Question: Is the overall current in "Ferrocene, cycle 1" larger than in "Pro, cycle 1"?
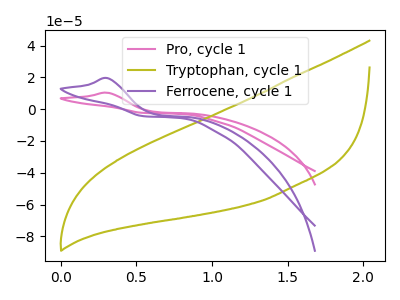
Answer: <think>The pink curve "Pro, cycle 1" has an anodic peak at: (0.30V, 10.40uA). The olive curve "Tryptophan, cycle 1" has no peaks. The purple curve "Ferrocene, cycle 1" has an anodic peak at: (0.30V, 19.55uA).
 All the peaks in "Ferrocene, cycle 1" have a peak in "Pro, cycle 1" at the same potential. Every peak in "Ferrocene, cycle 1" is higher than every peak in "Pro, cycle 1".</think>
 <answer>"Ferrocene, cycle 1" has more signal than "Pro, cycle 1".</answer>
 <eval>more_signal</eval>